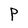
Character: p